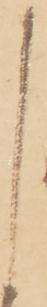
し